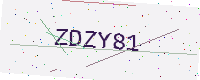
Text: ZDZY81